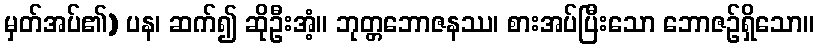
မှတ်အပ်၏) ပန၊ ဆက်၍ ဆိုဦးအံ့။ ဘုတ္တဘောဇနဿ၊ စားအပ်ပြီးသော ဘောဇဉ်ရှိသော။